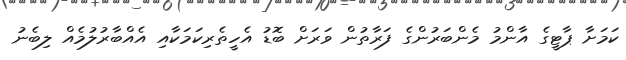
ކަމަށާ ޕާޓީގެ އާންމު މެންބަރުންގެ ފަރާތުން ވަރަށް ބޮޑު އެހީތެރިކަމަކާއި އެއްބާރުލުމެއް ލިބެނު